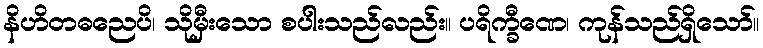
နိဟိတဓညေပိ၊ သိုမှီးသော စပါးသည်လည်း။ ပရိက္ခီဏေ၊ ကုန်သည်ရှိသော်။